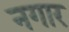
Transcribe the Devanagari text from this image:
नगार